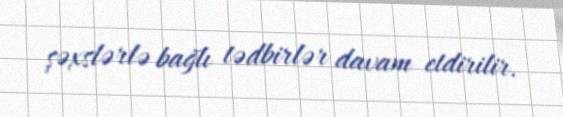
şəxslərlə bağlı tədbirlər davam etdirilir.